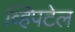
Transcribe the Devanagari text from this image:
व्हिपटेल